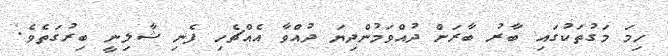
ހިމަ މަގުތަކުގައި ބާރު ބާރަށް ދުއްވަމުންދިޔަ ދުއްވާ އެއްޗެހި ފެނި ޝާލިނީ ބިރުގަތެވެ.